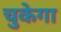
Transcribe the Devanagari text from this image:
चुकेगा